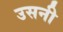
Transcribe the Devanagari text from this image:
उसनी